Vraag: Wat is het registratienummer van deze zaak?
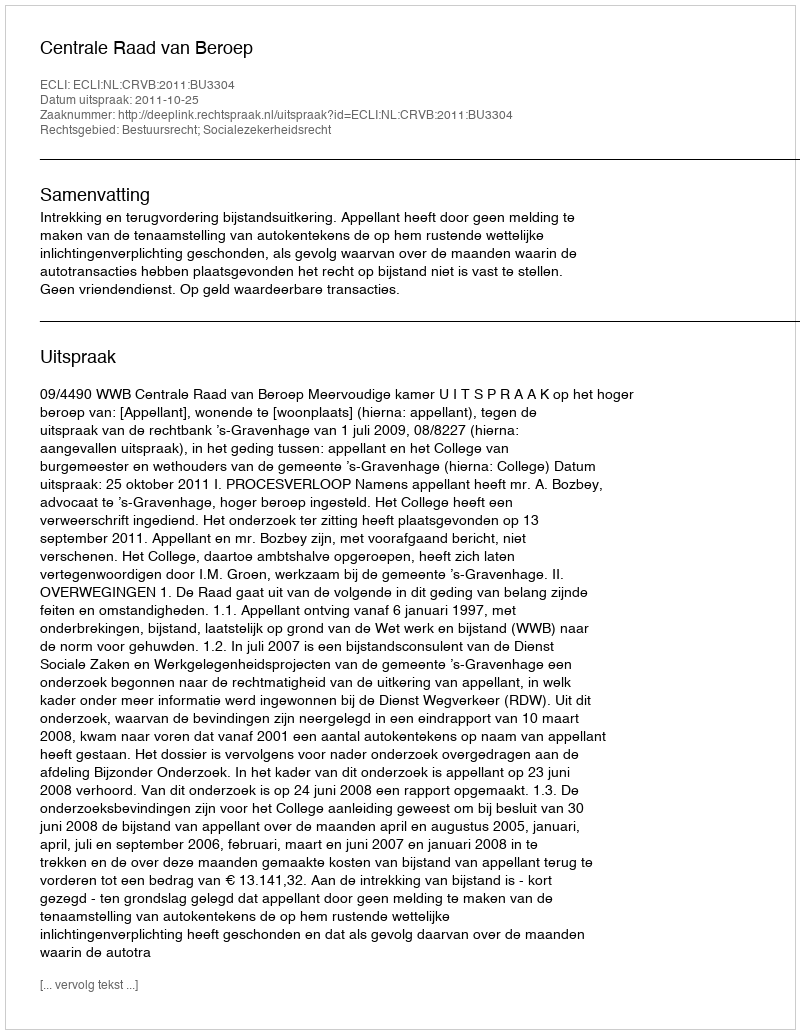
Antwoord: http://deeplink.rechtspraak.nl/uitspraak?id=ECLI:NL:CRVB:2011:BU3304